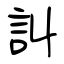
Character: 訆